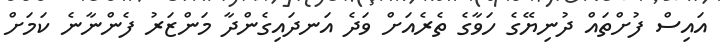
އައިސް ފުށްތައް ދުނިޔޭގެ ހަވާގެ ތެރެއަށް ވަދެ އަނދައިގެންދާ މަންޒަރު ފެންނާނެ ކަމަށް